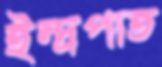
ইন্দ্রপাত